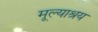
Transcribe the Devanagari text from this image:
मूल्याश्रय